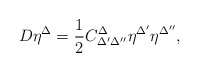
\begin{align*}D\eta ^{\Delta }=\frac{1}{2}C_{\Delta ^{\prime }\Delta ^{\prime \prime}}^{\Delta }\eta ^{\Delta ^{\prime }}\eta ^{\Delta ^{\prime \prime }},\end{align*}